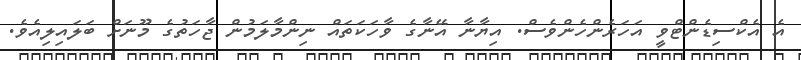
އެ އެކްސިޑެންޓްވީ އަހަރެންހެންވެސް. އިޔާނާ އޭނާގެ ވާހަކަތައް ނިންމާލަމުން ޖާހަތުގެ މޫނަށް ބަލައިލިއެވެ.